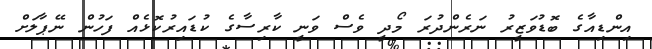
އިންޑިއާގެ ބޮޑުވަޒީރު ނަރެންދުރަ މޯދީ ވެސް ވަނީ ކާރިސާގެ ކުޑައިރުކޮޅެއް ފަހުން ނޭޕާލަށް